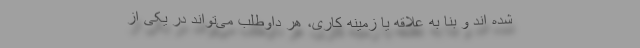
شده اند و بنا به علاقه یا زمینه کاری، هر داوطلب می‌تواند در یکی از